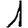
Digit: 1